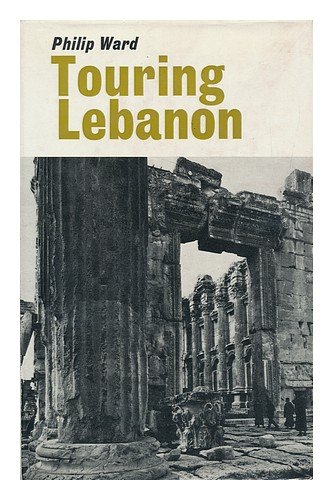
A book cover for Touring Lebanon.; Philip Ward; Travel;